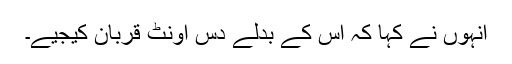
انہوں نے کہا کہ اس کے بدلے دس اونٹ قربان کیجیے۔